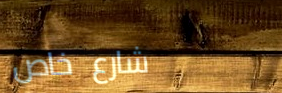
شارع خاص